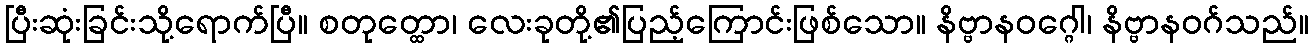
ပြီးဆုံးခြင်းသို့ရောက်ပြီ။ စတုတ္ထော၊ လေးခုတို့၏ပြည့်ကြောင်းဖြစ်သော။ နိဗ္ဗာနဝဂ္ဂေါ၊ နိဗ္ဗာနဝဂ်သည်။